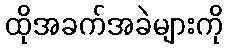
ထိုအခက်အခဲများကို